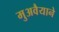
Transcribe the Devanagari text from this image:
मुअवैयाने